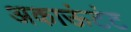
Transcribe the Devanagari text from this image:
अकाऊंटंट